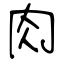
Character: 肉